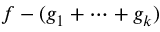
f - ( g _ { 1 } + \cdots + g _ { k } )